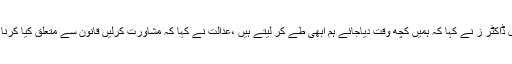
،وکیل ڈاکٹر ز نے کہا کہ ہمیں کچھ وقت دیاجائے ہم ابھی طے کر لیتے ہیں ،عدالت نے کہا کہ مشاورت کرلیں قانون سے متعلق کیا کرنا ہے ۔